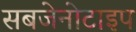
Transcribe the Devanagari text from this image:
सबजेनोटाइप